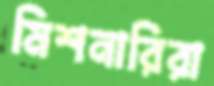
মিশনারিরা